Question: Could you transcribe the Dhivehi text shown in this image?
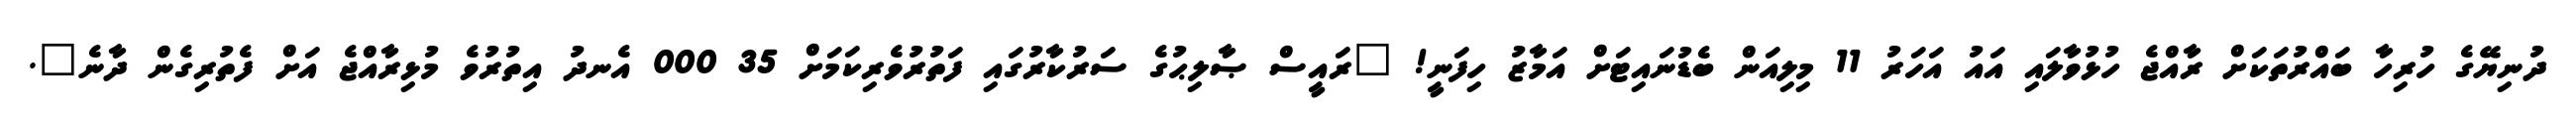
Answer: ދުނިޔޭގެ ހުރިހާ ބައްރުތަކަށް ރާއްޖެ ހުޅުވާލައި އައު އަހަރު 11 މިލިއަން ބެޑުނައިޓަށް އަމާޒު ހިފަނީ! "ރައީސް ޞާލިޙުގެ ސަރުކާރުގައި ފަތުރުވެރިކަމަށް 35 000 އެނދު އިތުރުވެ މުޅިރާއްޖެ އަށް ފެތުރިގެން ދާނެ".